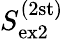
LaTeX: S_{\mathrm{ex2}}^{(2\mathrm{st)}}